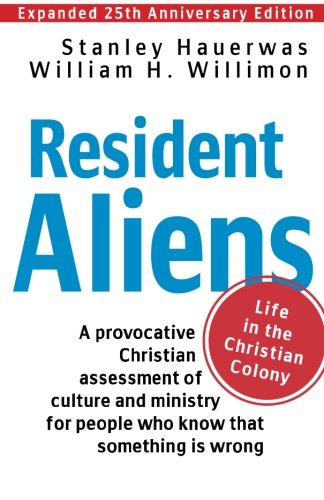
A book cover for Resident Aliens: Life in the Christian Colony (Expanded 25th Anniversary Edition); Stanley Hauerwas; Religion & Spirituality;